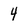
Character: 4